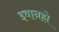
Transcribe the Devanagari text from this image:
इवानहो